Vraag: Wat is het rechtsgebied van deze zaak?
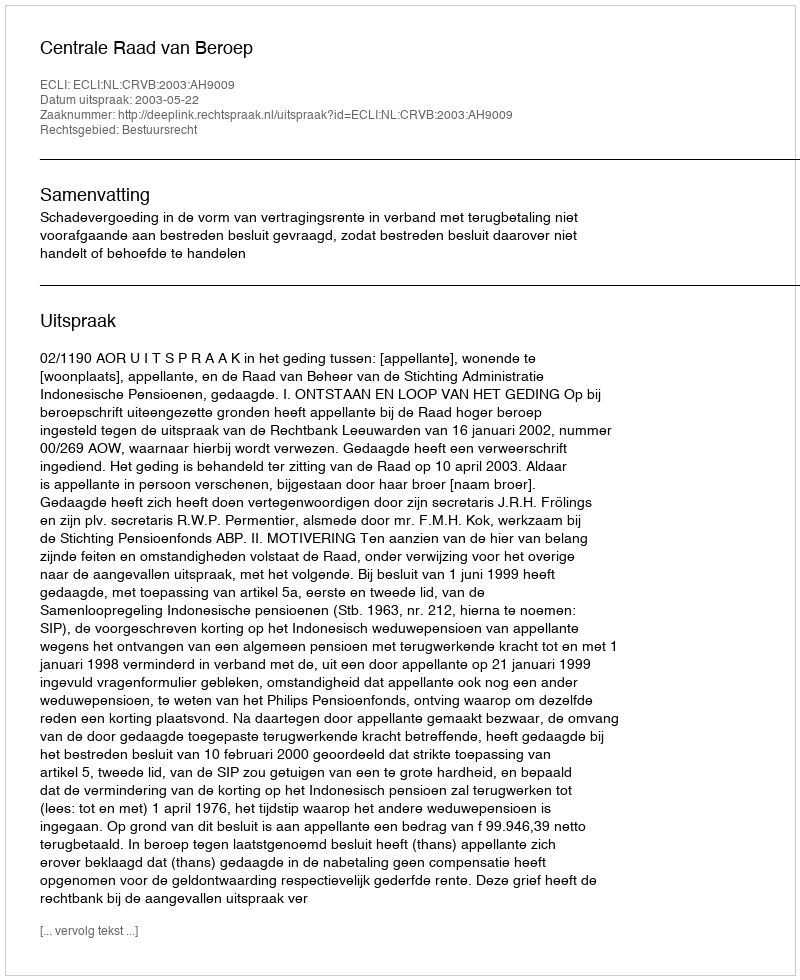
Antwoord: Bestuursrecht